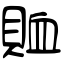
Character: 賉